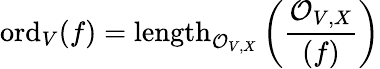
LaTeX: {\mathrm{ord}}_{V}(f)={\mathrm{length}}_{{\mathcal{O}}_{V,X}}\left({\frac{{\mathcal{O}}_{V,X}}{(f)}}\right)